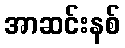
အာဆင်းနစ်